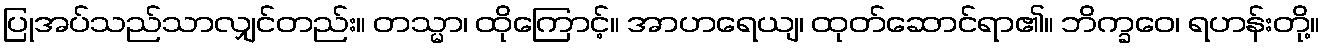
ပြုအပ်သည်သာလျှင်တည်း။ တသ္မာ၊ ထိုကြောင့်။ အာဟရေယျ၊ ထုတ်ဆောင်ရာ၏။ ဘိက္ခဝေ၊ ရဟန်းတို့။